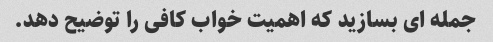
جمله ای بسازید که اهمیت خواب کافی را توضیح دهد.